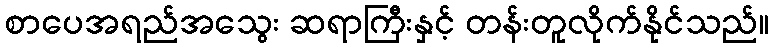
စာပေအရည်အသွေး ဆရာကြီးနှင့် တန်းတူလိုက်နိုင်သည်။